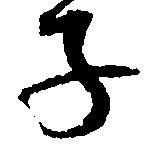
子